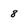
Character: 8